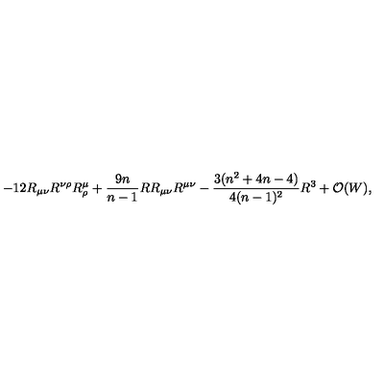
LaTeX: - 1 2 R _ { \mu \nu } R ^ { \nu \rho } R _ { \rho } ^ { \mu } + { \frac { 9 n } { n - 1 } } R R _ { \mu \nu } R ^ { \mu \nu } - { \frac { 3 ( n ^ { 2 } + 4 n - 4 ) } { 4 ( n - 1 ) ^ { 2 } } } R ^ { 3 } + { \cal O } ( W ) ,